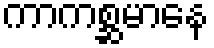
ကာကစ္ဆမာနေ